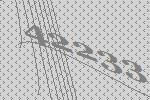
42233